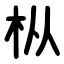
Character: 枞